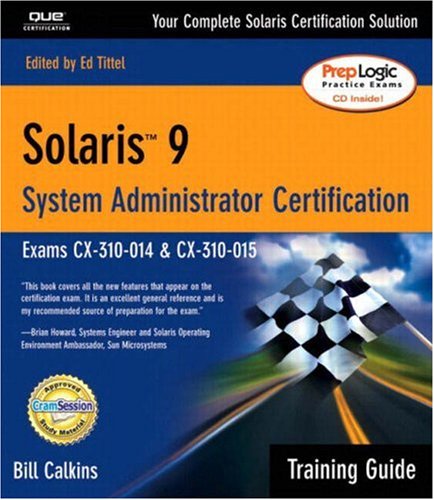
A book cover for Solaris 9 System Administration Training Guide (Exam CX-310-014 and CX-310-015); Bill Calkins; Computers & Technology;